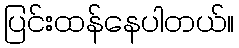
ပြင်းထန်နေပါတယ်။